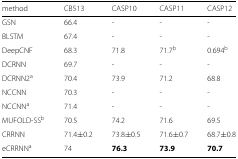
<table><thead><tr><td><b>method</b></td><td><b>CB513</b></td><td><b>CASP10</b></td><td><b>CASP11</b></td><td><b>CASP12</b></td></tr></thead><tbody><tr><td>GSN</td><td>66.4</td><td>-</td><td>-</td><td>-</td></tr><tr><td>BLSTM</td><td>67.4</td><td>-</td><td>-</td><td>-</td></tr><tr><td>DeepCNF</td><td>68.3</td><td>71.8</td><td>71.7<sup>b</sup></td><td>0.694<sup>b</sup></td></tr><tr><td>DCRNN</td><td>69.7</td><td>-</td><td>-</td><td>-</td></tr><tr><td>DCRNN2<sup>a</sup></td><td>70.4</td><td>73.9</td><td>71.2</td><td>68.8</td></tr><tr><td>NCCNN</td><td>70.3</td><td>-</td><td>-</td><td>-</td></tr><tr><td>NCCNN<sup>a</sup></td><td>71.4</td><td>-</td><td>-</td><td>-</td></tr><tr><td>MUFOLD-SS<sup>b</sup></td><td>70.5</td><td>74.2</td><td>71.6</td><td>69.5</td></tr><tr><td>CRRNN</td><td>71.4 ±0.2</td><td>73.8 ±0.5</td><td>71.6 ±0.7</td><td>68.7 ±0.8</td></tr><tr><td>eCRRNN<sup>a</sup></td><td>74</td><td><b>76.3</b></td><td><b>73.9</b></td><td><b>70.7</b></td></tr></tbody></table>